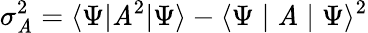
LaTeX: \sigma_{\mathit{A}}^{2}=\langle\Psi|\mathit{A}^{2}|\Psi\rangle-\langle\Psi\mid\mathit{A}\mid\Psi\rangle^{2}